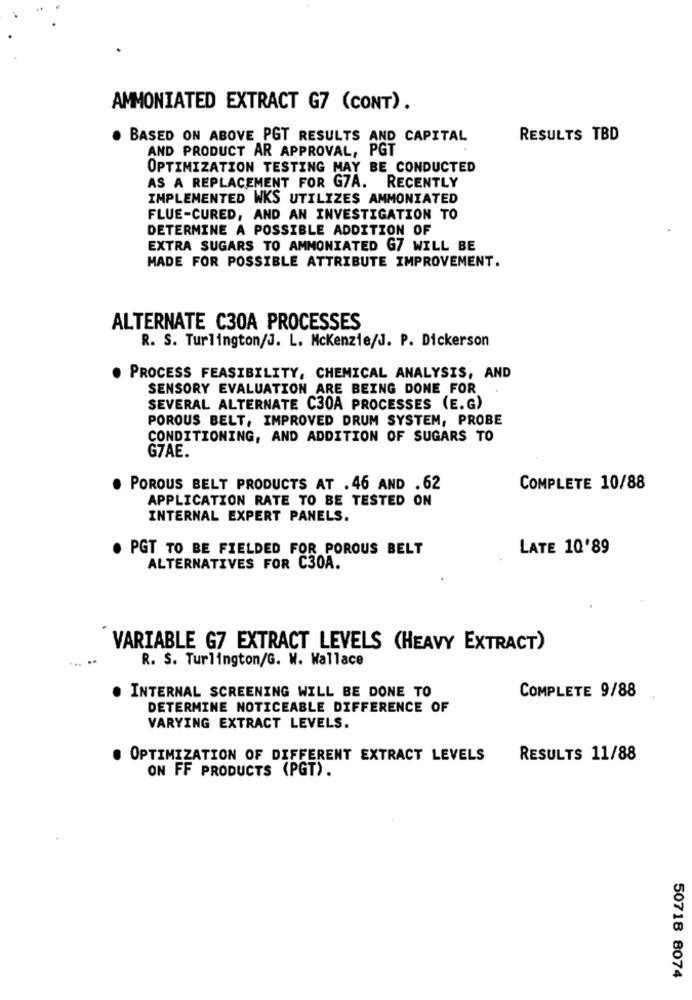
AMMONIATED EXTRACT G7 (CONT).
. BASED ON ABOVE PGT RESULTS AND CAPITAL
RESULTS TBD
AND PRODUCT AR APPROVAL, PGT
OPTIMIZATION TESTING MAY BE CONDUCTED
AS A REPLACEMENT FOR GZA. RECENTLY
IMPLEMENTED WKS UTILIZES AMMONIATED
FLUE-CURED, AND AN INVESTIGATION TO
DETERMINE A POSSIBLE ADDITION OF
EXTRA SUGARS TO AMMONIATED G7 WILL BE
MADE FOR POSSIBLE ATTRIBUTE IMPROVEMENT.
ALTERNATE C30A PROCESSES
R. S. Turlington/J. L. Mckenzie/J. P. Dickerson
PROCESS FEASIBILITY, CHEMICAL ANALYSIS, AND
SENSORY EVALUATION ARE BEING DONE FOR
SEVERAL ALTERNATE C30A PROCESSES (E.G)
POROUS BELT, IMPROVED DRUM SYSTEM, PROBE
CONDITIONING, AND ADDITION OF SUGARS TO
G7AE.
POROUS BELT PRODUCTS AT . 46 AND . 62
COMPLETE 10/88
APPLICATION RATE TO BE TESTED ON
INTERNAL EXPERT PANELS.
PGT TO BE FIELDED FOR POROUS BELT
LATE 10'89
ALTERNATIVES FOR C30A.
VARIABLE G7 EXTRACT LEVELS (HEAVY EXTRACT)
R. S. Turlington/G. W. Wallace
. INTERNAL SCREENING WILL BE DONE TO
COMPLETE 9/88
DETERMINE NOTICEABLE DIFFERENCE OF
VARYING EXTRACT LEVELS.
. OPTIMIZATION OF DIFFERENT EXTRACT LEVELS
RESULTS 11/88
ON FF PRODUCTS (PGT).
50718 8074